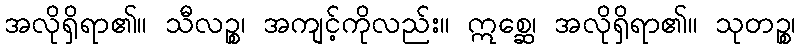
အလိုရှိရာ၏။ သီလဉ္စ၊ အကျင့်ကိုလည်း။ ဣစ္ဆေ၊ အလိုရှိရာ၏။ သုတဉ္စ၊